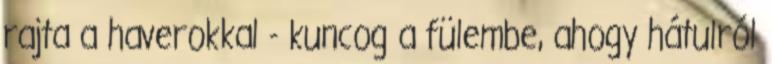
rajta a haverokkal - kuncog a fülembe, ahogy hátulról